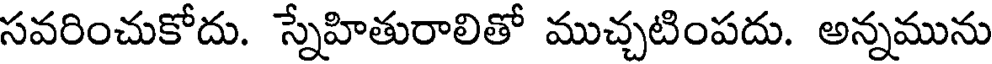
సవరించుకోదు. స్నేహితురాలితో ముచ్చటింపదు. అన్నమును